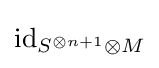
\operatorname {id} _{S^{\otimes n+1}\otimes M}